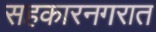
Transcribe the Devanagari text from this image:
सहकारनगरात